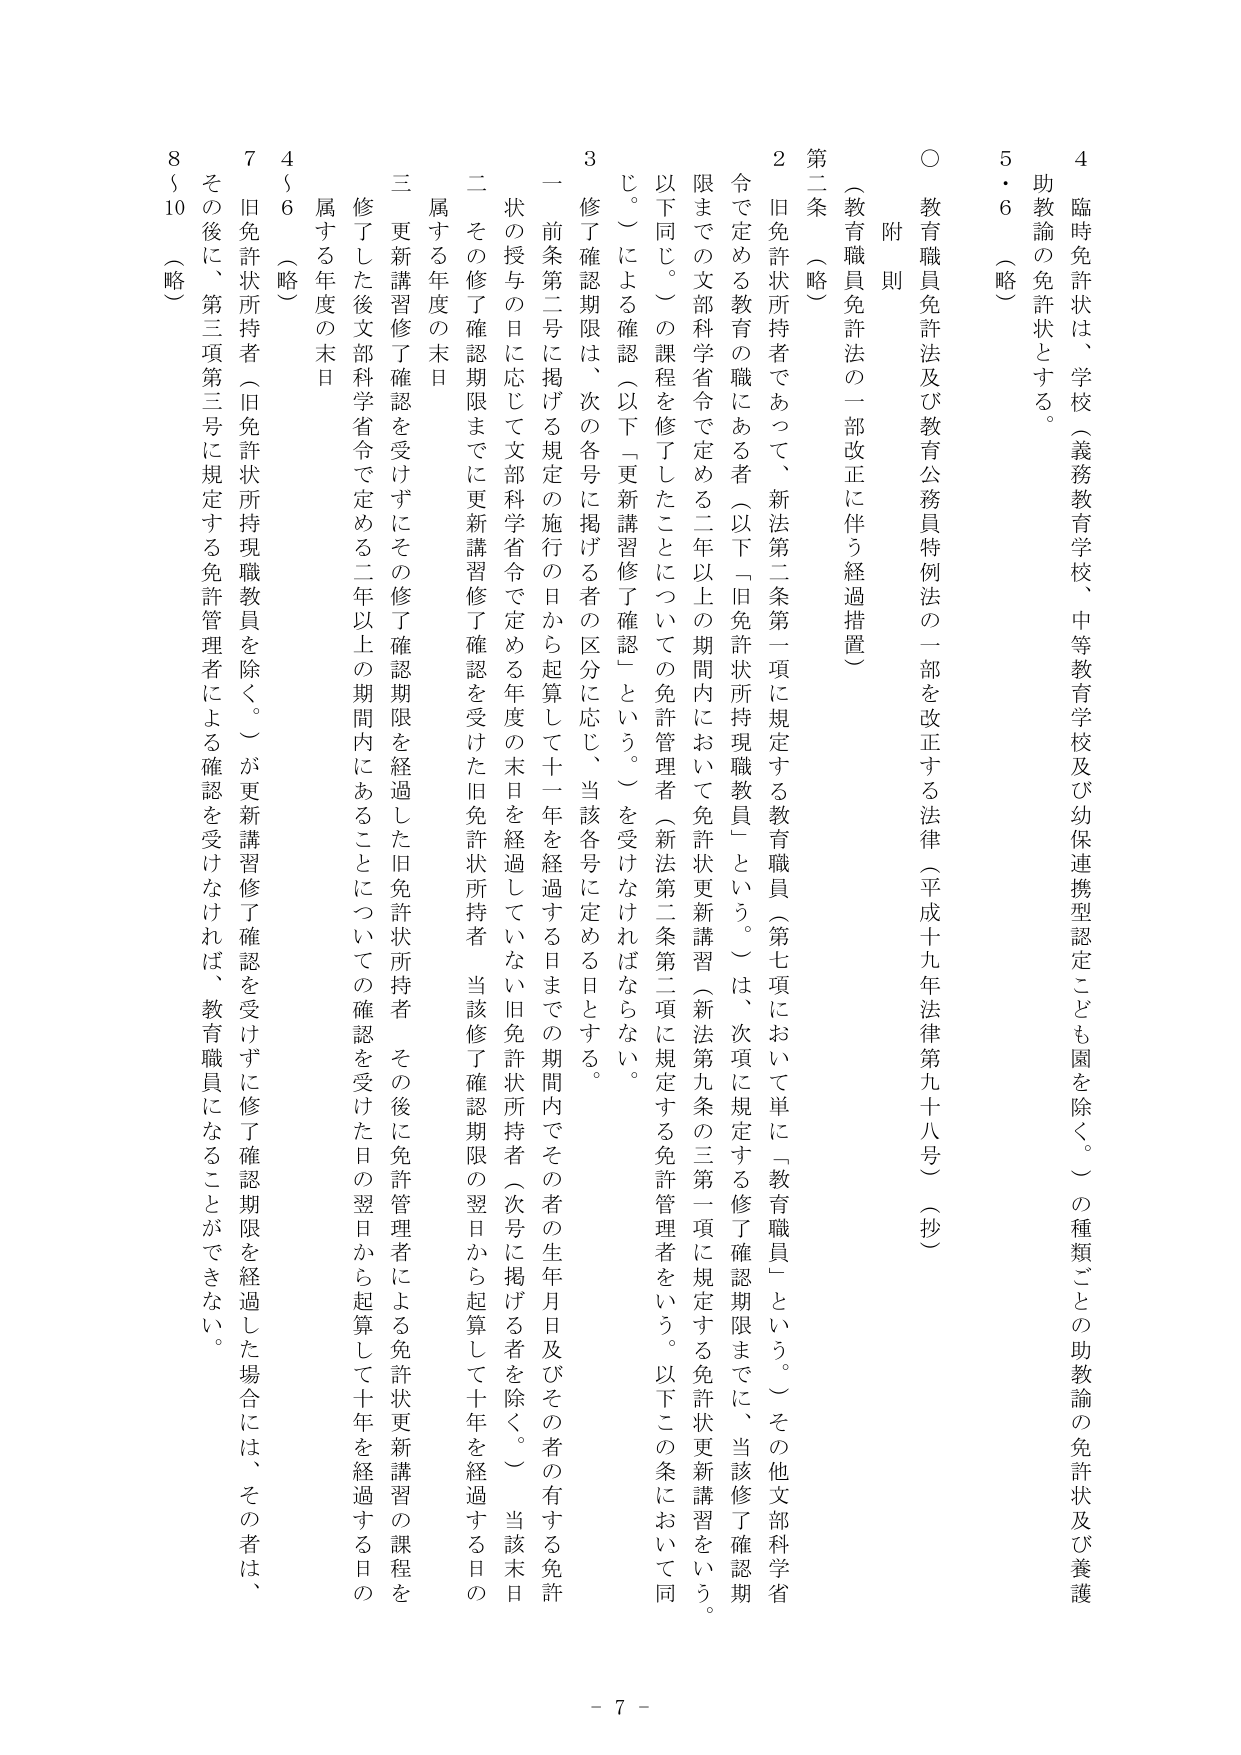
○ 教育職員免許法及び教育公務員特例法の一部を改正する法律（平成十九年法律第九十八号）（抄）

（附則）

（教育職員免許法の一部改正に伴う経過措置）

第二条 （略）

２ 旧免許状所持者であって、新法第二条第一項に規定する教育職員（第七項において単に「教育職員」という。）その他文部科学省令で定める教育の職にある者（以下「旧免許状所持現職教員」という。）は、次項に規定する修了確認期限までに、当該修了確認期限までの文部科学省令で定める二年以上の期間内において免許状更新講習（新法第九条の三第一項に規定する免許状更新講習をいう。以下同じ。）の課程を修了したことについての免許管理者（新法第二条第二項に規定する免許管理者をいう。以下この条において同じ。）による確認（以下「更新講習修了確認」という。）を受けなければならない。

３ 修了確認期限は、次の各号に掲げる者の区分に応じ、当該各号に定める日とする。

一 前条第二号に掲げる規定の施行の日から起算して十一年を経過する日までの期間内でその者の生年月日及びその者の有する免許状の授与の日に応じて文部科学省令で定める年度の末日を経過していない旧免許状所持者（次号に掲げる者を除く。） 当該末日

二 その修了確認期限までに更新講習修了確認を受けた旧免許状所持者 当該修了確認期限の翌日から起算して十年を経過する日の属する年度の末日

三 更新講習修了確認を受けずにその修了確認期限を経過した旧免許状所持者 その後に免許管理者による免許状更新講習の課程を修了した後文部科学省令で定める二年以上の期間内にあることについての確認を受けた日の翌日から起算して十年を経過する日の属する年度の末日

４～６ （略）

７ 旧免許状所持者（旧免許状所持現職教員を除く。）が更新講習修了確認を受けずに修了確認期限を経過した場合には、その者は、その後に、第三項第三号に規定する免許管理者による確認を受けなければ、教育職員になることができない。

８～10 （略）

4 臨時免許状は、学校（義務教育学校、中等教育学校及び幼保連携型認定こども園を除く。）の種類ごとの助教諭の免許状及び養護助教諭の免許状とする。

5・6 （略）

- 7 -